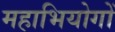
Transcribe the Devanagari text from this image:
महाभियोगों